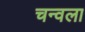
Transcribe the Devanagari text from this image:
चन्वला